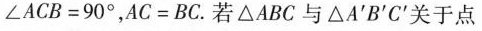
∠ACB=90°，AC=BC。若△ABC与△A'B'C'关于点